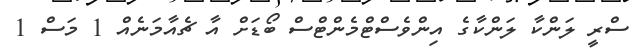
ސްރީ ލަންކާ ލަންކާގެ އިންވެސްޓްމެންޓްސް ބޯޑަށް އާ ޗެއާމަނެއް 1 މަސް 1